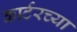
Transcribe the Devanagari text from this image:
कार्टरच्या